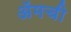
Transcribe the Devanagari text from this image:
ॲमची